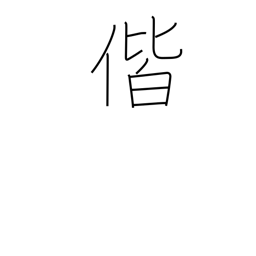
Meaning: together